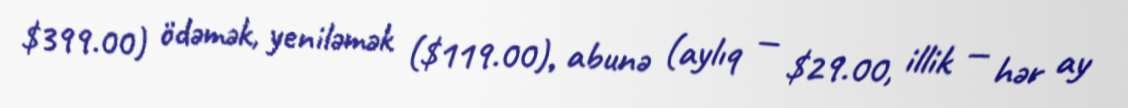
$399.00) ödəmək, yeniləmək ($119.00), abunə (aylıq — $29.00, illik — hər ay